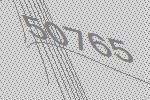
50765